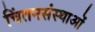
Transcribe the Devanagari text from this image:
चिंतनसंस्थाओं